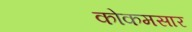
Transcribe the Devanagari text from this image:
कोकमसार